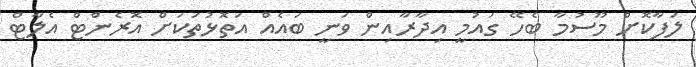
ލަފާކޮށް މޫސުމާ ބެހޭ ގައުމީ އިދާރާއިން ވަނީ ބައެއް އަތޮޅުތަކަށް އޮރެންޓް އެލާޓް